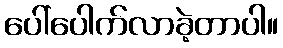
ပေါ်ပေါက်လာခဲ့တာပါ။